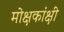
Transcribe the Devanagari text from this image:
मोक्षकांक्षी